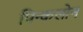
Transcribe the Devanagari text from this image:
पिन्कलोन